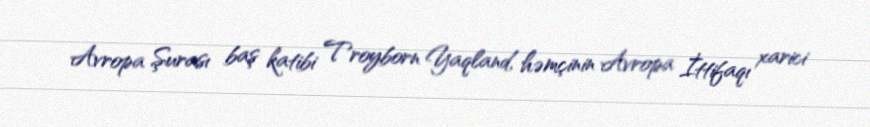
Avropa Şurası baş katibi Troyborn Yaqland, həmçinin Avropa İttifaqı xarici